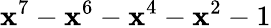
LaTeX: \mathbf{x}^{7}-\mathbf{x}^{6}-\mathbf{x}^{4}-\mathbf{x}^{2}-1